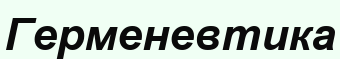
Герменевтика